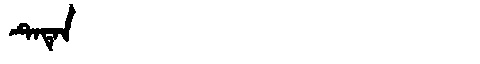
Manchu: ᡨᡝᡨᡝᠨ
Romanization: TETEN